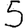
Digit: 5